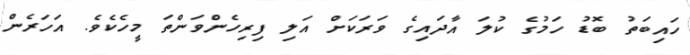
ހައިބަތު ބޮޑު ހަމުގެ ކުލަ އާދައިގެ ވަރަކަށް އަލި ފިރިހެންވަންތަ މީހެކެވެ. އަހަރެން